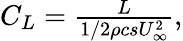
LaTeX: \begin{array}{r}{C_{L}=\frac{L}{1/2\rho csU_{\infty}^{2}},}\end{array}